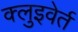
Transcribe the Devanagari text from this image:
क्लुइवेर्त